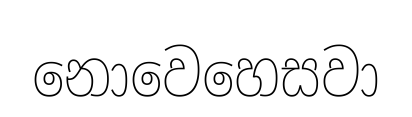
නොවෙහෙසවා